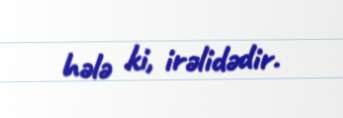
hələ ki, irəlidədir.